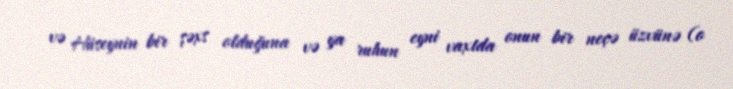
və Hüseynin bir şəxs olduğuna və ya ruhun eyni vaxtda onun bir neçə üzvünə (o